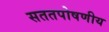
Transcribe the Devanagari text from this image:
सततपोषणीय